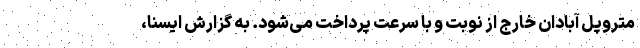
متروپل آبادان خارج از نوبت و با سرعت پرداخت می‌شود. به گزارش ایسنا،